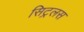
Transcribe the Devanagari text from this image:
सिट्रलस